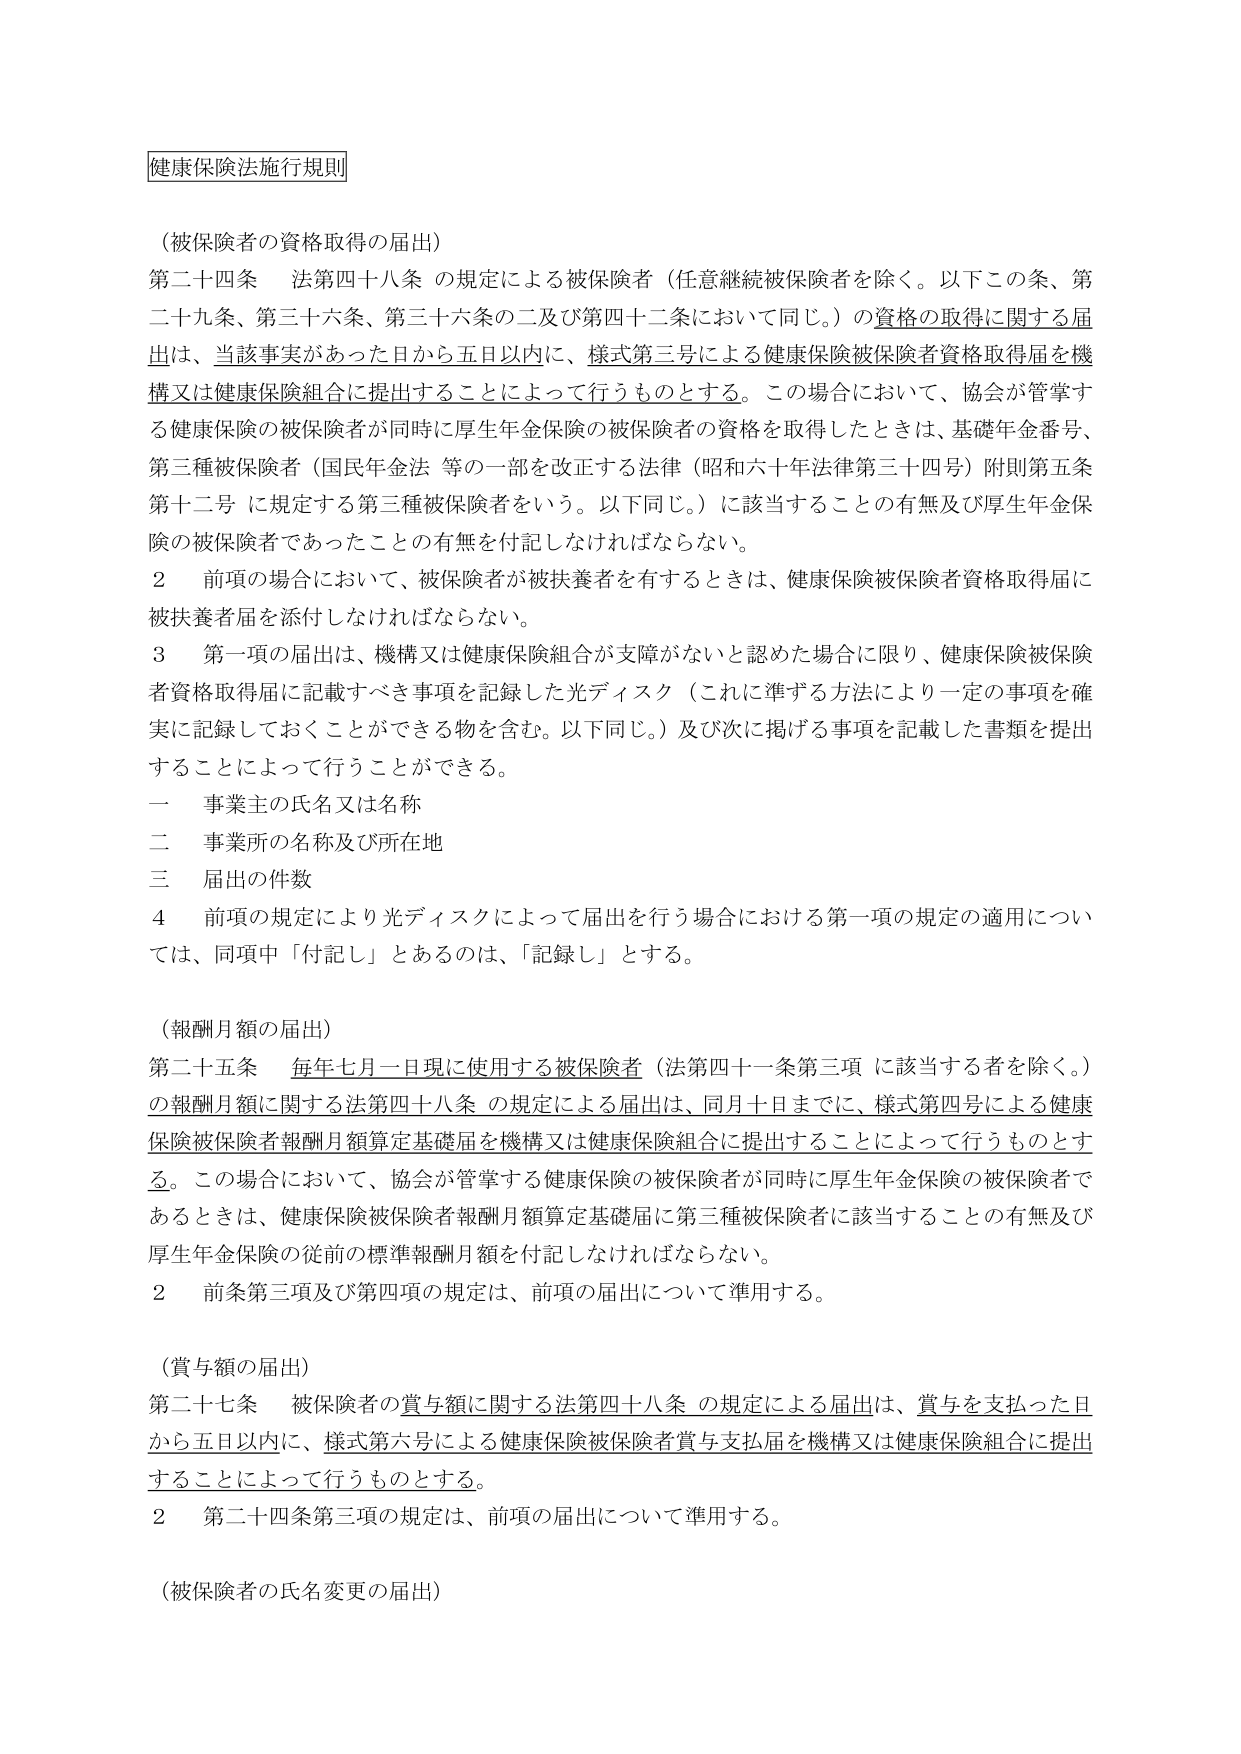
健康保険法施行規則

（被保険者の資格取得の届出）

第二十四条　法第四十八条の規定による被保険者（任意継続被保険者を除く。以下この条、第二十九条、第三十六条、第三十六条の二及び第四十二条において同じ。）の資格の取得に関する届出は、当該事実があった日から五日以内に、様式第三号による健康保険被保険者資格取得届を機構又は健康保険組合に提出することによって行うものとする。この場合において、協会が管掌する健康保険の被保険者が同時に厚生年金保険の被保険者の資格を取得したときは、基礎年金番号、第三種被保険者（国民年金法等の一部を改正する法律（昭和六十年法律第三十四号）附則第五条第十二号に規定する第三種被保険者をいう。以下同じ。）に該当することの有無及び厚生年金保険の被保険者であったことの有無を付記しなければならない。

２　前項の場合において、被保険者が被扶養者を有するときは、健康保険被保険者資格取得届に被扶養者届を添付しなければならない。

３　第一項の届出は、機構又は健康保険組合が支障がないと認めた場合に限り、健康保険被保険者資格取得届に記載すべき事項を記録した光ディスク（これに準ずる方法により一定の事項を確実に記録しておくことができる物を含む。以下同じ。）及び次に掲げる事項を記載した書類を提出することによって行うことができる。

一　事業主の氏名又は名称

二　事業所の名称及び所在地

三　届出の件数

４　前項の規定により光ディスクによって届出を行う場合における第一項の規定の適用については、同項中「付記し」とあるのは、「記録し」とする。

（報酬月額の届出）

第二十五条　毎年七月一日現に使用する被保険者（法第四十一条第三項に該当する者を除く。）の報酬月額に関する法第四十八条の規定による届出は、同月十日までに、様式第四号による健康保険被保険者報酬月額算定基礎届を機構又は健康保険組合に提出することによって行うものとする。この場合において、協会が管掌する健康保険の被保険者が同時に厚生年金保険の被保険者であるときは、健康保険被保険者報酬月額算定基礎届に第三種被保険者に該当することの有無及び厚生年金保険の従前の標準報酬月額を付記しなければならない。

２　前条第三項及び第四項の規定は、前項の届出について準用する。

（賞与額の届出）

第二十七条　被保険者の賞与額に関する法第四十八条の規定による届出は、賞与を支払った日から五日以内に、様式第六号による健康保険被保険者賞与支払届を機構又は健康保険組合に提出することによって行うものとする。

２　第二十四条第三項の規定は、前項の届出について準用する。

（被保険者の氏名変更の届出）